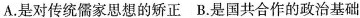
A.是对传统儒家思想的矫正B.是国共合作的政治基础